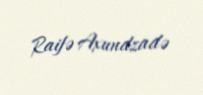
Raifə Axundzadə